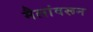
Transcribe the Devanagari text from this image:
मैलांवरून